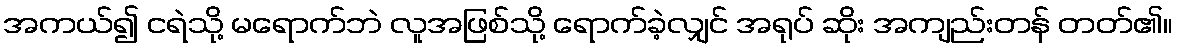
အကယ်၍ ငရဲသို့ မရောက်ဘဲ လူအဖြစ်သို့ ရောက်ခဲ့လျှင် အရုပ် ဆိုး အကျည်းတန် တတ်၏။